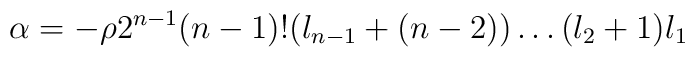
\alpha = - \rho 2^{n-1} (n-1)! (l_{n-1}+(n-2))\ldots(l_2 + 1) l_1